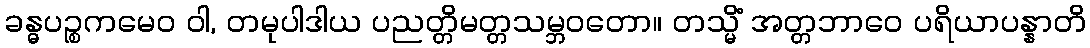
ခန္ဓပဉ္စကမေဝ ဝါ, တမုပါဒါယ ပညတ္တိမတ္တသမ္ဘဝတော။ တသ္မိံ အတ္တဘာဝေ ပရိယာပန္နာတိ